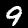
Label: 9